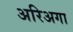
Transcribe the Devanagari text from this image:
अरिअगा